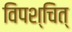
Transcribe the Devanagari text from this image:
विपश्चित्‌